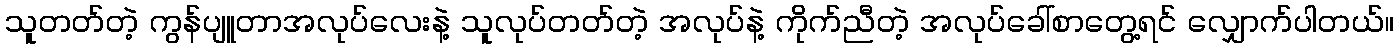
သူတတ်တဲ့ ကွန်ပျူတာအလုပ်လေးနဲ့ သူလုပ်တတ်တဲ့ အလုပ်နဲ့ ကိုက်ညီတဲ့ အလုပ်ခေါ်စာတွေ့ရင် လျှောက်ပါတယ်။